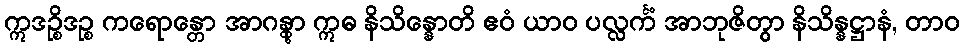
ဣဒဉ္စိဒဉ္စ ကရောန္တော အာဂန္တွာ ဣဓ နိသိန္နောတိ ဧဝံ ယာဝ ပလ္လင်္ကံ အာဘုဇိတွာ နိသိန္နဋ္ဌာနံ, တာဝ